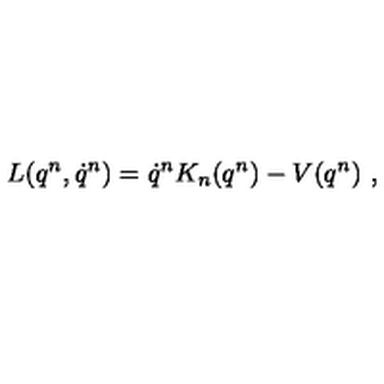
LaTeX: L ( q ^ { n } , \dot { q } ^ { n } ) = \dot { q } ^ { n } K _ { n } ( q ^ { n } ) - V ( q ^ { n } ) \ ,